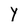
Character: Y